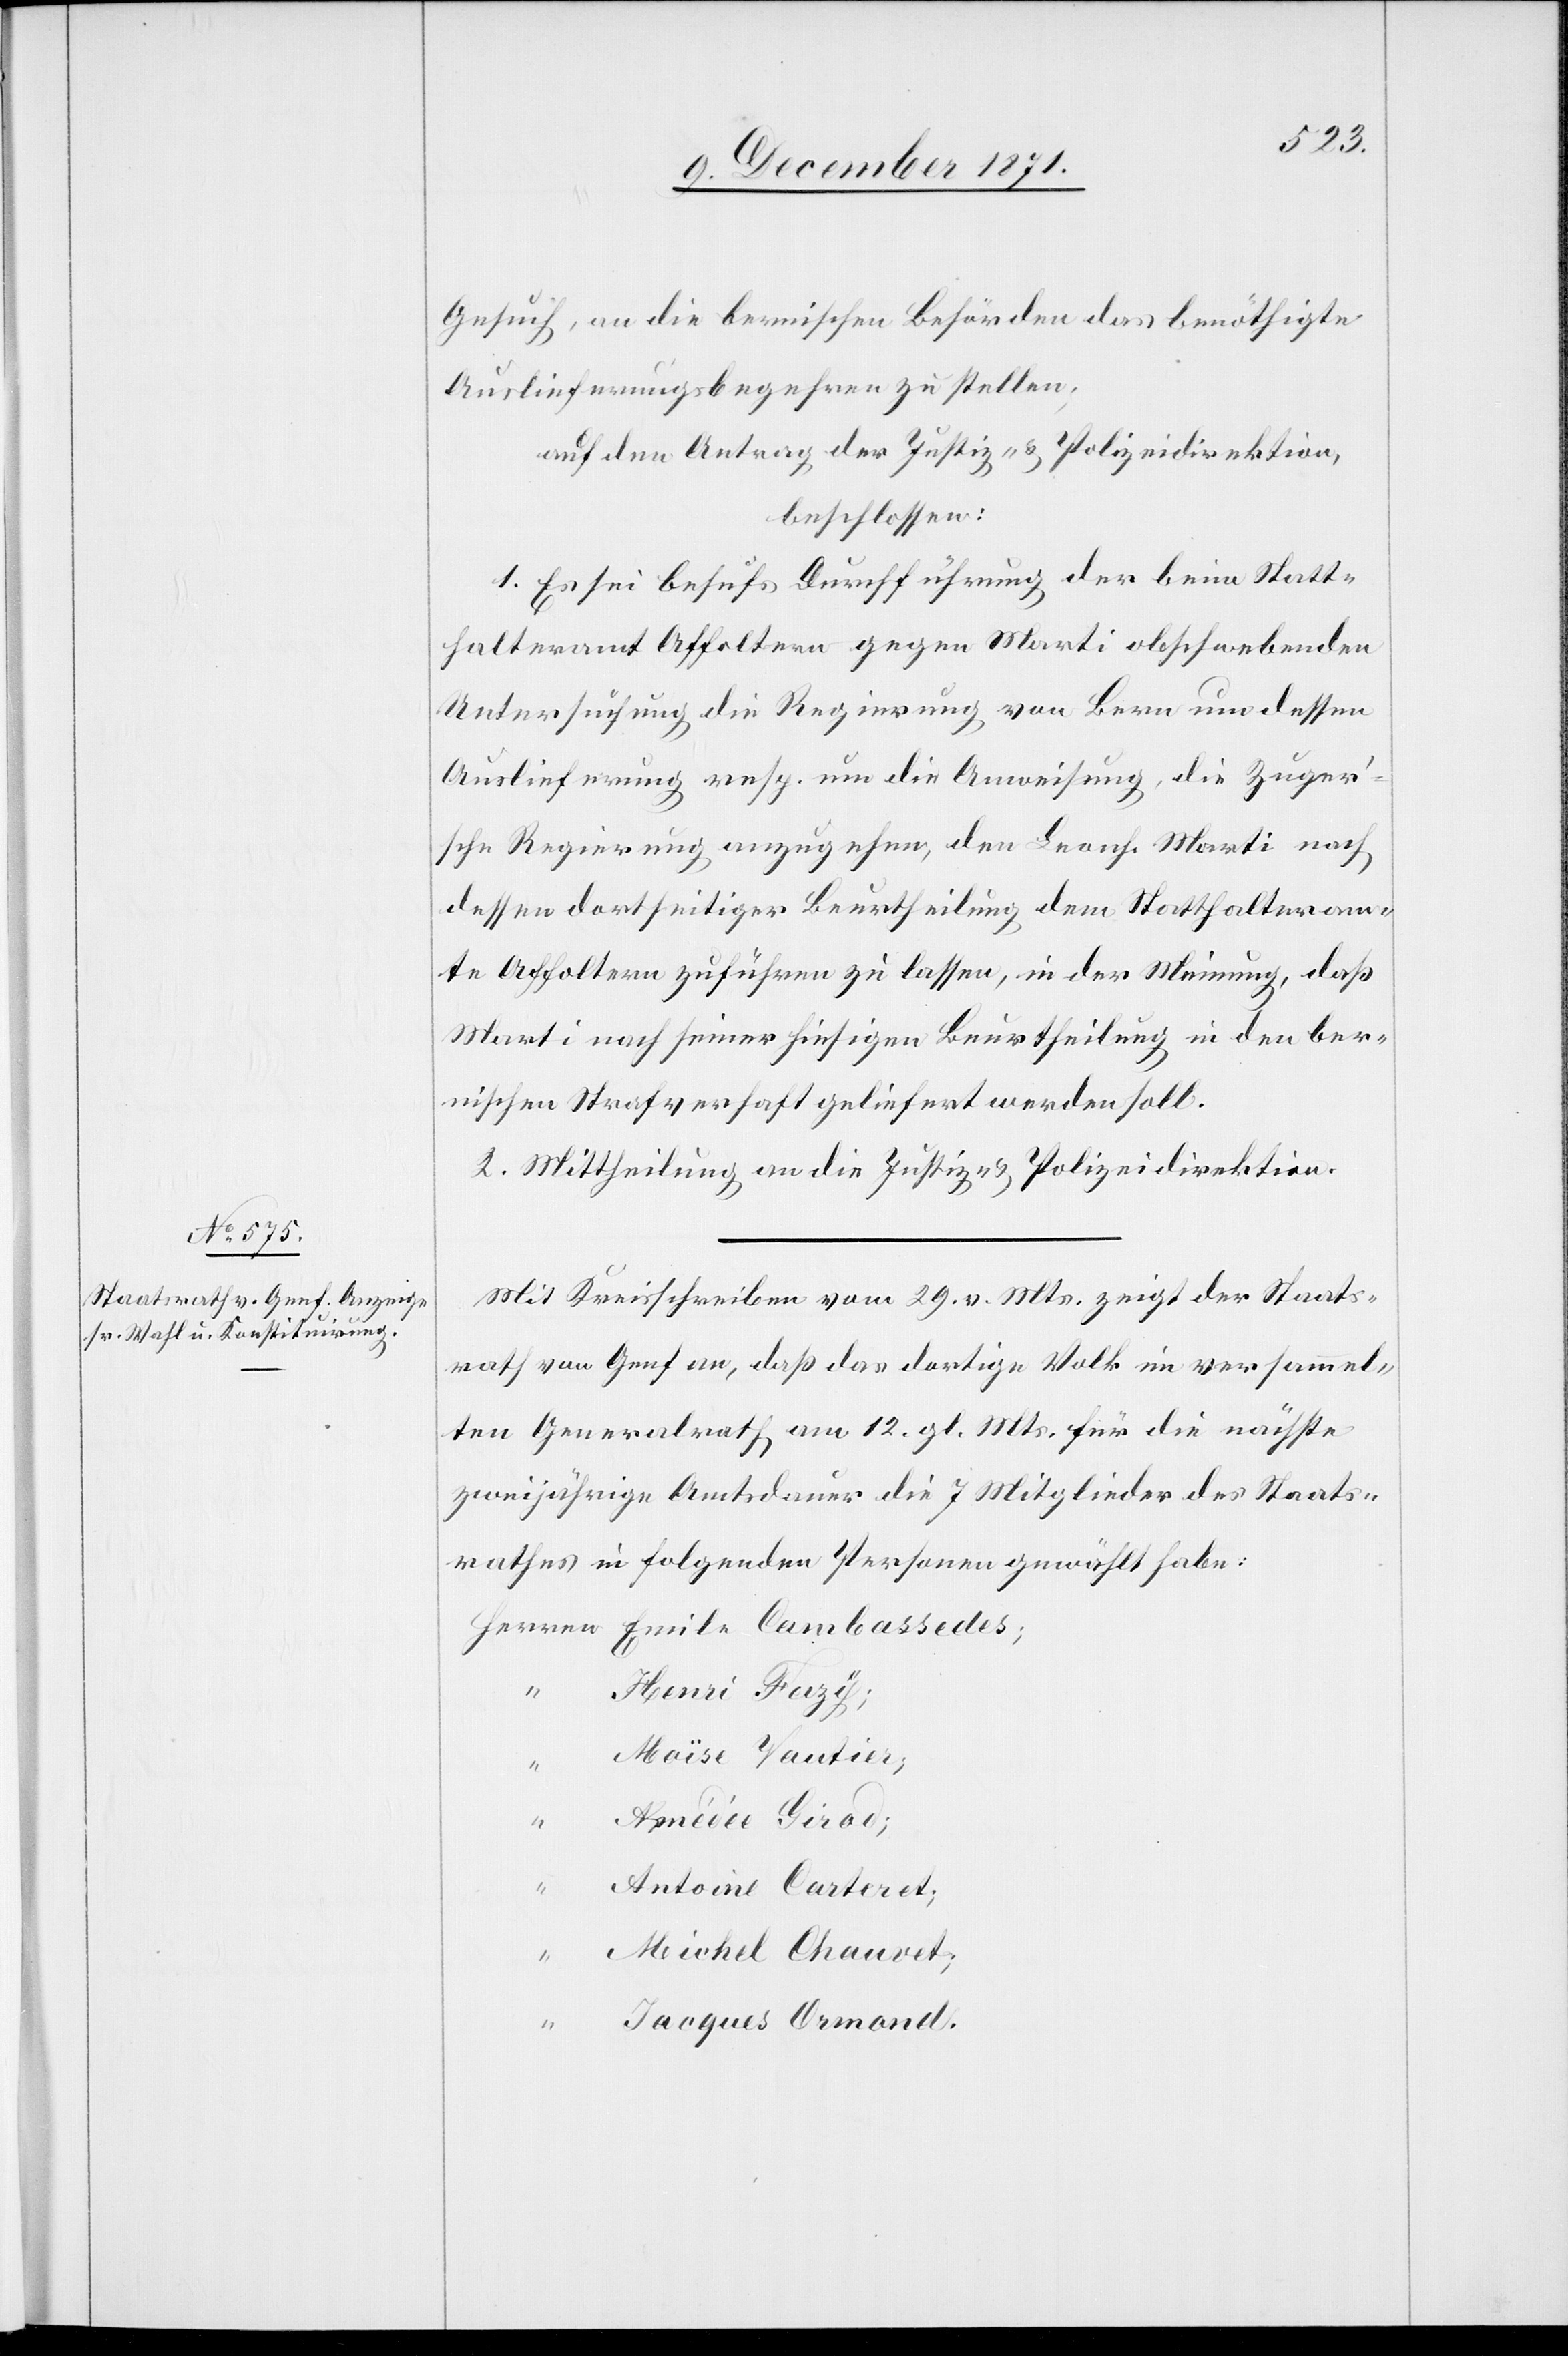
Gesuch, an die bernischen Behörden das benöthigte
Auslieferungsbegehren zu stellen;
auf den Antrag der Justiz- & Polizeidirektion,
beschlossen:
1. Es sei behufs Durchführung der beim Statt¬
halteramt Affoltern gegen Marti obschwebenden
Untersuchung die Regierung von Bern um dessen
Auslieferung resp. um die Anweisung, die Zugeri¬
sche Regierung anzugehen, den Leonh. Marti nach
dessen dortseitiger Beurtheilung dem Statthalteram¬
te Affoltern zuführen zu lassen, in der Meinung, daß
Marti nach seiner hiesigen Beurtheilung in den ber¬
nischen Strafverhaft geliefert werden soll.
2. Mittheilung an die Justiz- & Polizeidirektion.
Mit Kreisschreiben vom 29. v. Mts. zeigt der Staats¬
rath von Genf an, daß das dortige Volk im versammel¬
ten Generalrath am 12. gl. Mts. für die nächste
zweijährige Amtsdauer die 7 Mitglieder des Staats¬
rathes in folgenden Personen gewählt habe:
“